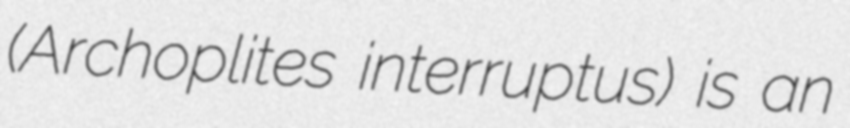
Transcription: (Archoplites interruptus) is an